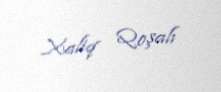
Xaliq Qoşalı